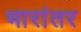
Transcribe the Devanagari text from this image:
भारांतर